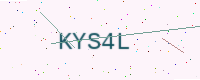
Text: KYS4L